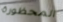
المحظورة